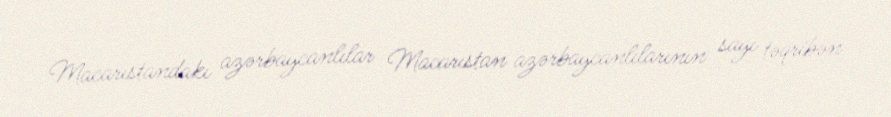
Macarıstandakı azərbaycanlılar Macarıstan azərbaycanlılarının sayı təqribən